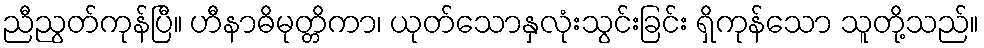
ညီညွတ်ကုန်ပြီ။ ဟီနာဓိမုတ္တိကာ၊ ယုတ်သောနှလုံးသွင်းခြင်း ရှိကုန်သော သူတို့သည်။